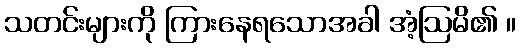
သတင်းများကို ကြားနေရသောအခါ အံ့ဩမိ၏ ။